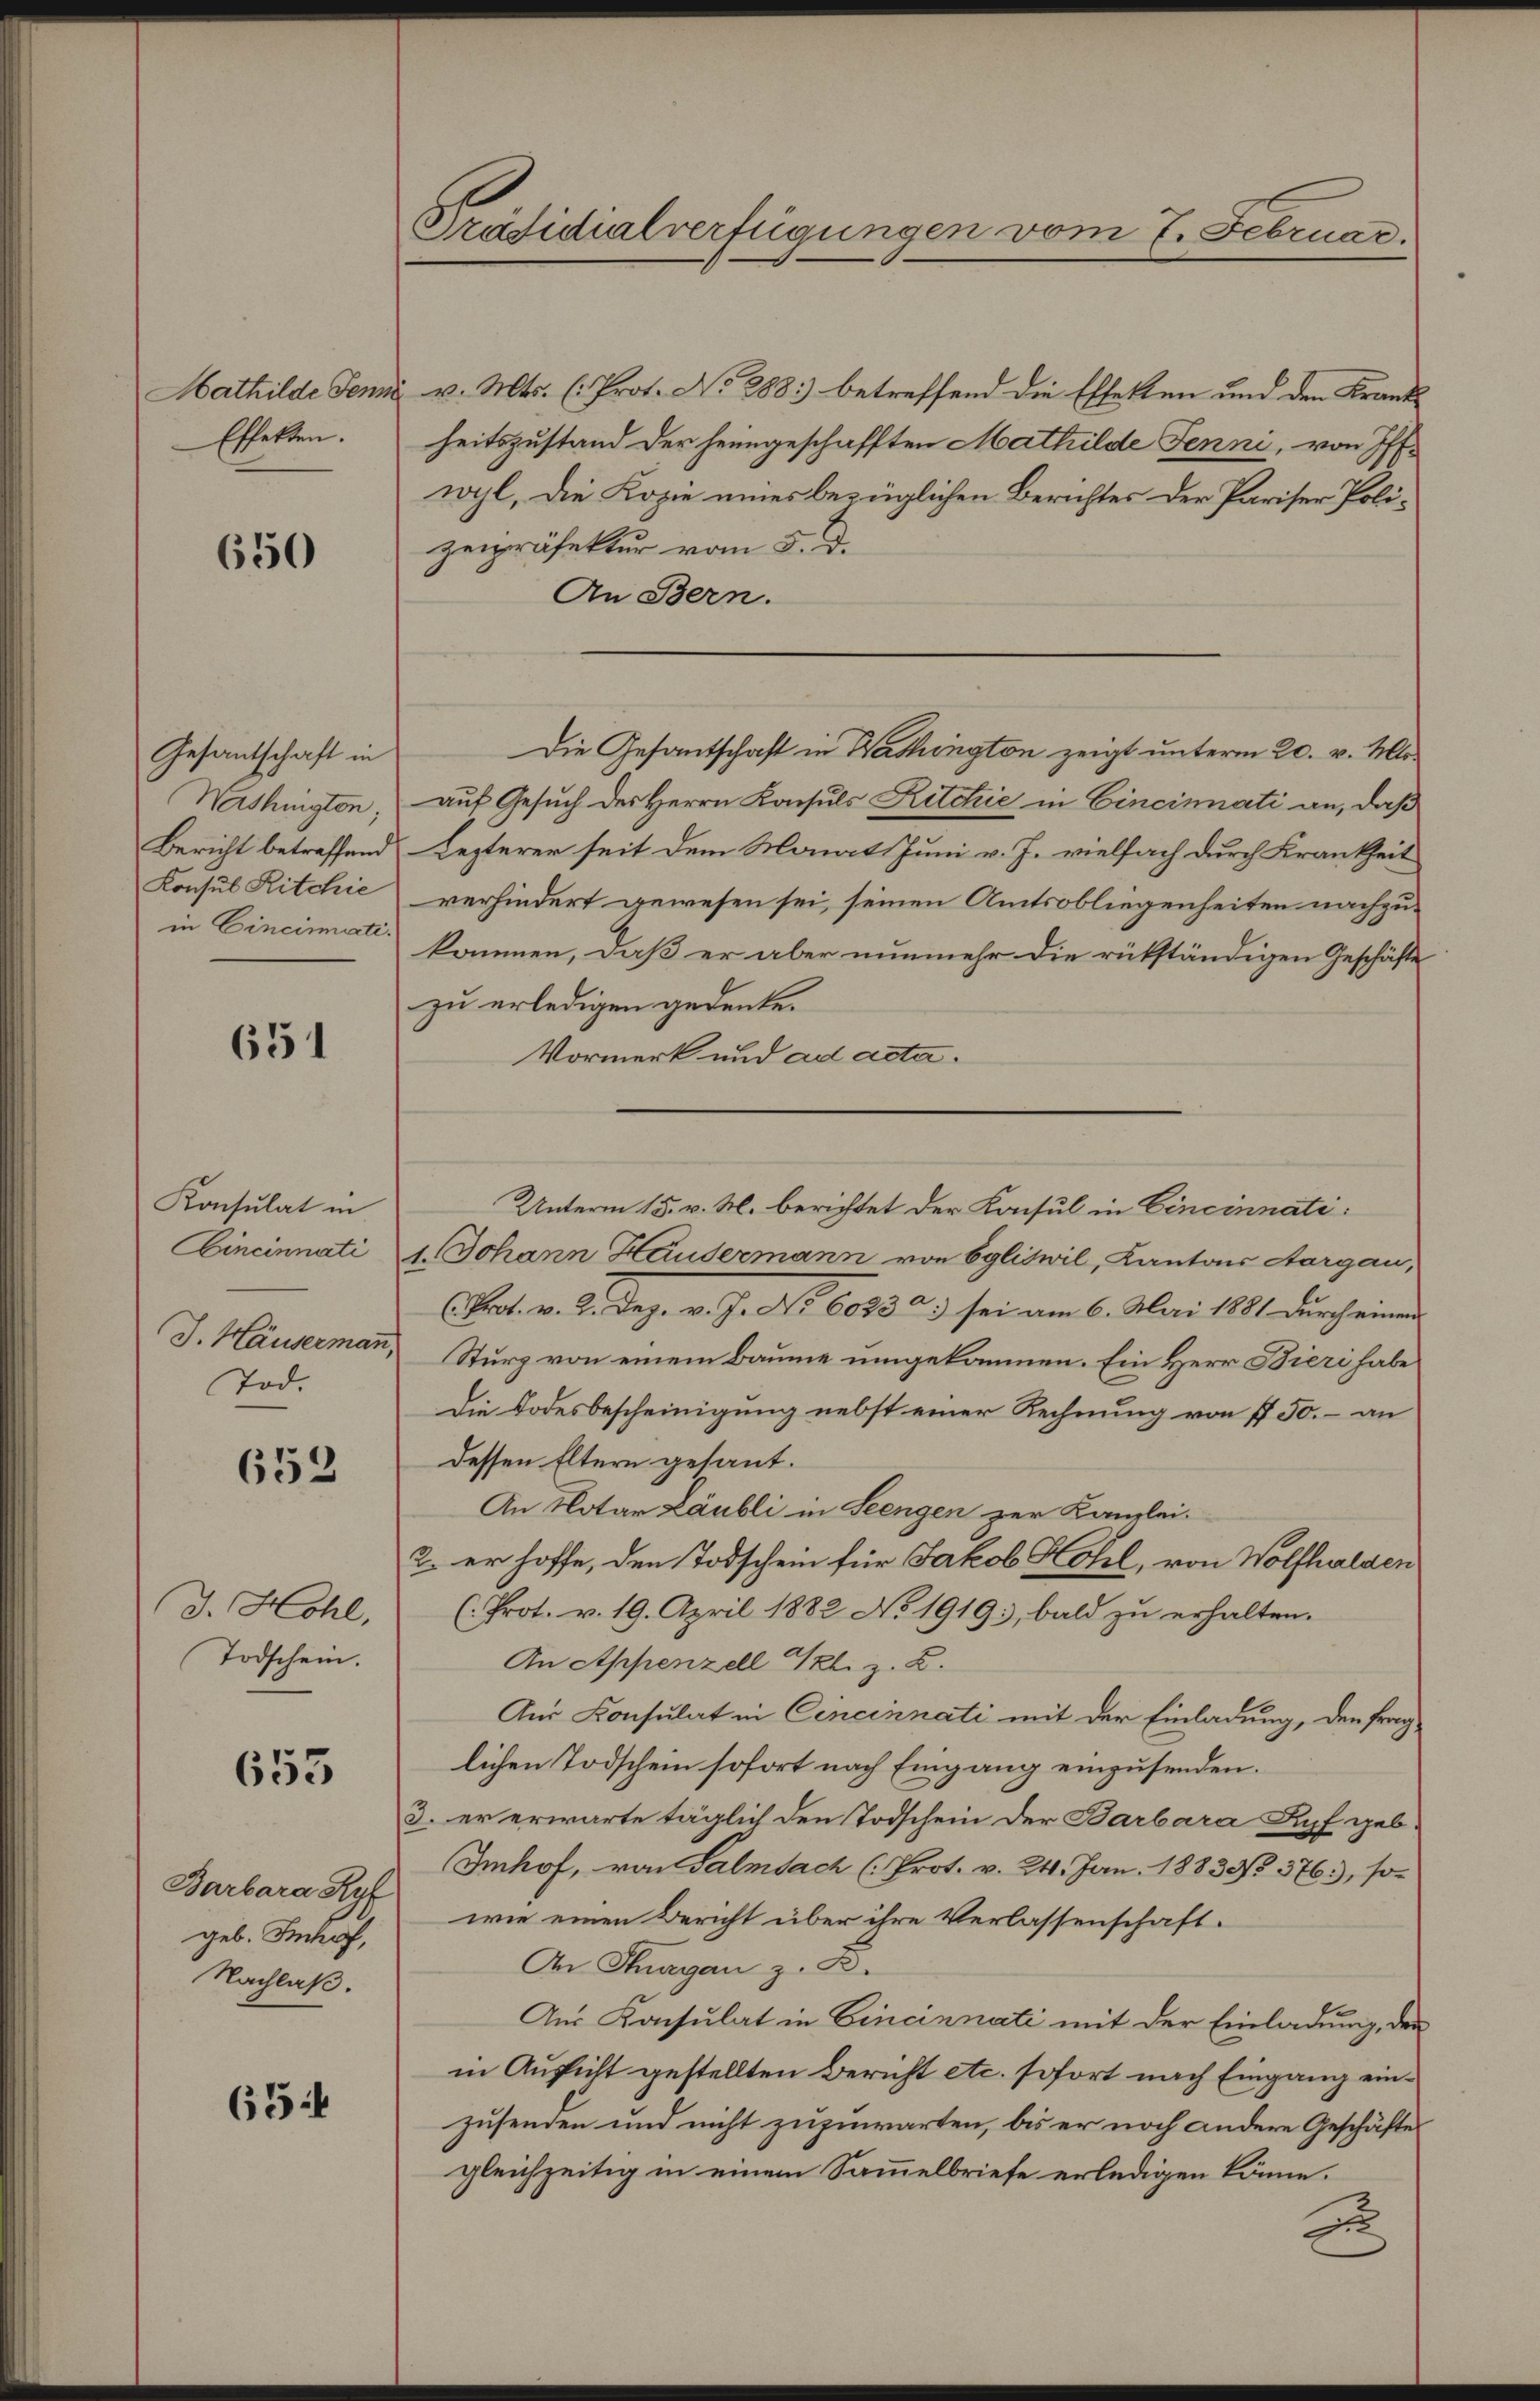
Mathilde Jenn
Effekten.

650

Gesantschaft in
Nashington,
Bericht betreffend
Konsul Ritchie
in Cincinati

651

Konsulat in
Cincinnati
J. Häuserman̅,
Tod.

652

J. Hohl,
Todschein.

653

Barbara Kyf
geb. Schruf,
Nachlaß.

65:

Präsidialverfügungen vom 7. Februar.

v. Mts. (: Prot. No 288.) betreffend die Effekten und den Krank
heitszustand der heimgeschafften Mathilde Jenni, von Iff.
wyl, die Kopie eines bezüglichen Berichtes der Pariser Polizeipräfektur vom 5. d.
An Bern.
auf Gesuch des Herrn Konsuls Ritchie in Cincinati an, daß
Lezterer seit dem Monat Juni v. J. vielfach durch Krankheit
verhindert gewesen sei, seinen Amtsobliegenheiten nachzukommen, daß er aber nunmehr die rükständigen Geschäfte
zu erledigen gedenke.
Vormerk und ad acta.
1. Johann Häusermann von Egliswil, Kantons Aargau,
(Prot. v. 2. Dez. v. J. No 6023 2) sei am 6. Mai 1881 durch einen
Sturz von einem Baume umgekommen. Ein Herr Bieri habe
Die Todesbescheinigung nebst einer Rechnung von 150.- an
dessen Eltern gesant.
An Notar Läubli in Seengen zur Kanzlei.
2. er hoffe, den Todschein für Jakob Hohl, von Wolfhalden
(Prot. v. 19. April 1882 No 1919, bald zu erhalten.
An Appenzell Gl. z. Z.
Aus Konsulat in Cincinnati mit der Einladung, den fraglichen Todschein sofort nach Eingang einzusenden.
3. er erwarte täglich den Todschein der Barbara Kopf geb.
Imhof, von Salmbach (Prot. v. 24. Jan. 1883. 576.), sowie einen Bericht über ihre Verlassenschaft.
Dr Thurgan z. B.
Aus Konsulat in Cincinnati mit der Einladung, den
in Aussicht gestellten Bericht etc. sofort nach Eingang einzusenden und nicht zuzuwarten, bis er noch andere Geschäftes
gleichzeitig in einem Sammelbriefe erledigen könne.
u

Die Gesantschaft in Washington zeigt unterm 20. v. Mts.

Unterm 15. v. M. berichtet der Konsul in Cincinnati¬